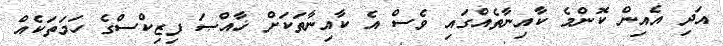
އަދި އެއިން ކޮންމެ ކާއިނާތެއްގައި ވެސް އެ ކާއިނާތަކަށް ޚާއްޞަ ފިޒިކްސްގެ ހަމަތަކެއް